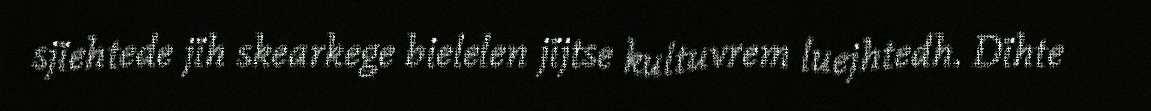
sjïehtede jïh skearkege bielelen jïjtse kultuvrem luejhtedh. Dïhte